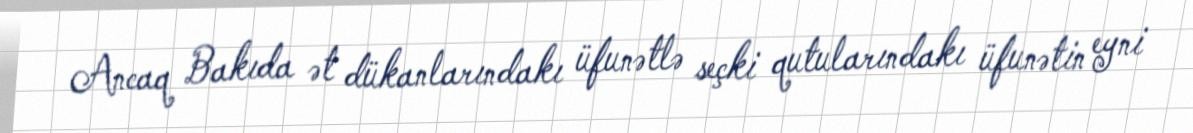
Ancaq Bakıda ət dükanlarındakı üfunətlə seçki qutularındakı üfunətin eyni